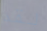
لقد